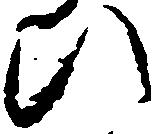
ひ